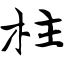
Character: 柱